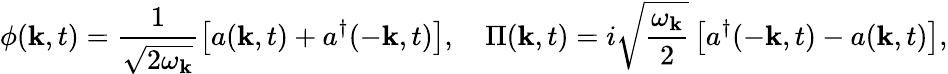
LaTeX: \phi(\mathbf{k},t)=\frac{1}{\sqrt{2\omega_{\mathbf{k}}}}\left[a(\mathbf{k},t)+a^{\dagger}(-\mathbf{k},t)\right],\quad\Pi(\mathbf{k},t)=i\sqrt{\frac{\omega_{\mathbf{k}}}{2}}\left[a^{\dagger}(-\mathbf{k},t)-a(\mathbf{k},t)\right],